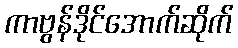
ကာဗွန်ဒိုင်အောက်ဆိုက်